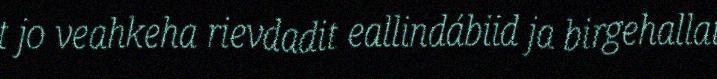
t jo veahkeha rievdadit eallindábiid ja birgehallat